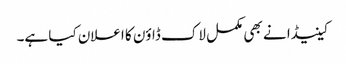
کینیڈا نے بھی مکمل لاک ڈاؤن کا اعلان کیا ہے۔